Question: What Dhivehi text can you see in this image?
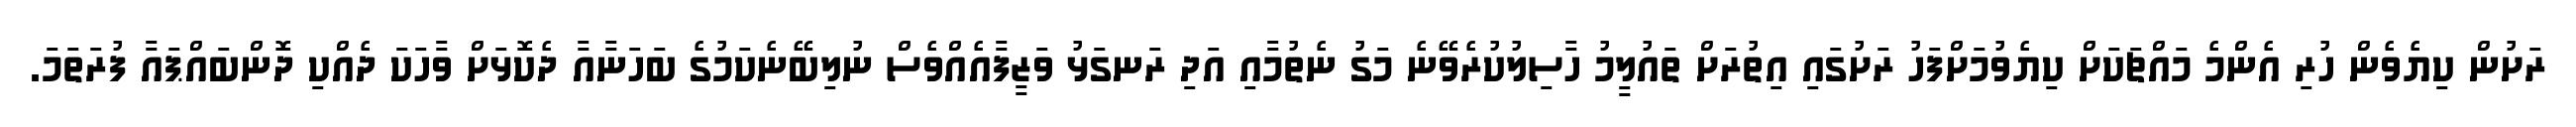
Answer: ރަށުން ކިޔެވެން ހުރި އެންމެ މައްޗަކަށް ކިޔެވުމަށްފަހު ރަށުގައި އިތުރަށް ތައުލީމު ހާސިލުކުރެވޭނެ މަގު ނެތުމާއި އަދި ރަނގަޅު ވަޒީފާއެއްވެސް ނުލިބޭނެކަމުގެ ބަހަނާއާ ދެކޮޅަށް ވާހަކަ ދެއްކި ދޮންބައްޕައާ ފުރަތަމަ.